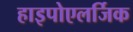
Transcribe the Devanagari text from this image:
हाइपोएलर्जिक